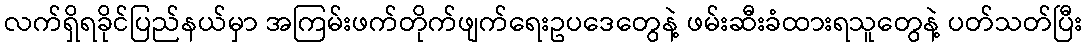
လက်ရှိရခိုင်ပြည်နယ်မှာ အကြမ်းဖက်တိုက်ဖျက်ရေးဥပဒေတွေနဲ့ ဖမ်းဆီးခံထားရသူတွေနဲ့ ပတ်သတ်ပြီး